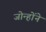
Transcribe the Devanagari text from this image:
जोन्होंने